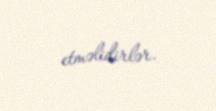
etməlidirlər.